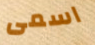
اسمى